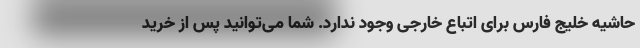
حاشیه خلیج فارس برای اتباع خارجی وجود ندارد. شما می‌توانید پس از خرید